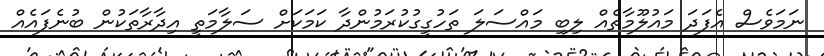
ނަމަވެސް އެފަދަ މައުލޫމާތެއް ލިބި މައްސަލަ ތަހުގީގުކުރަމުންދާ ކަމަކަށް ސަލާމަތީ އިދާރާތަކުން ބުނެފައެއް